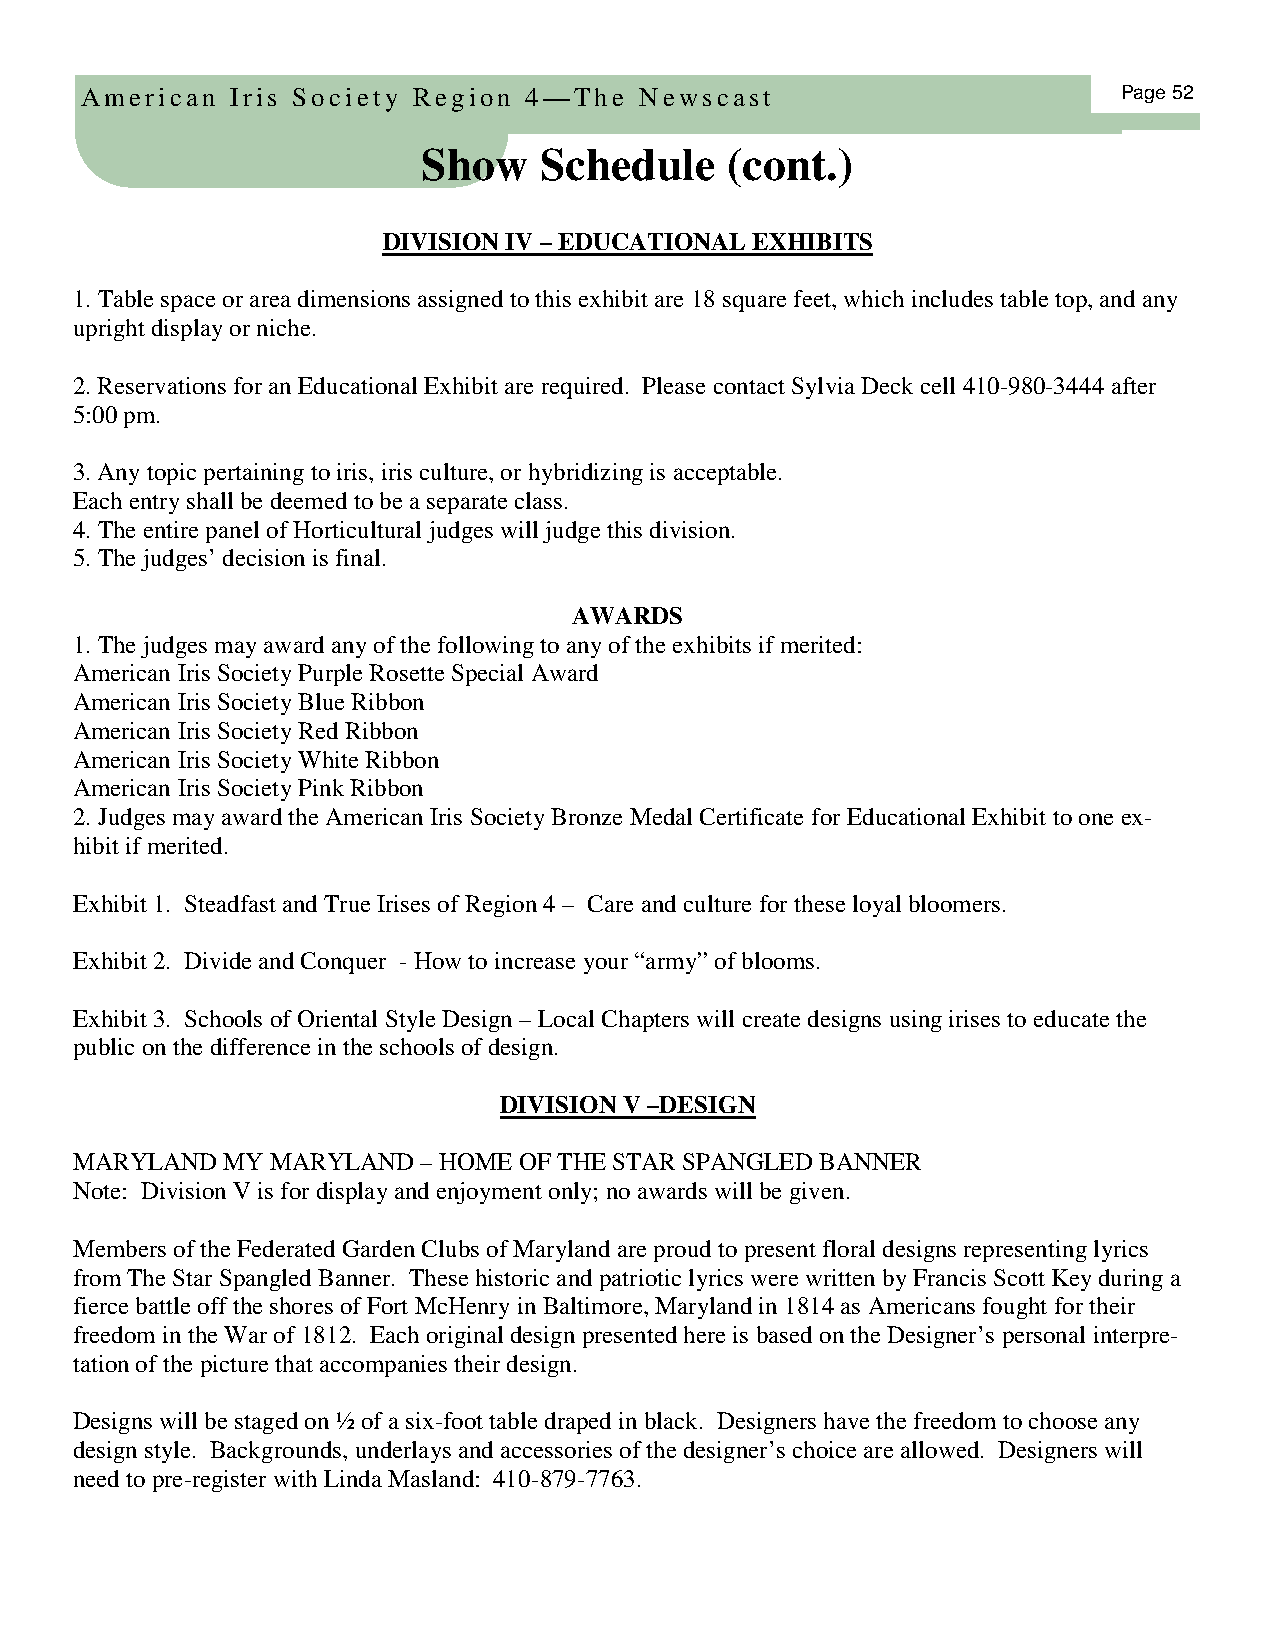
American  Iris Society Region 4—The  Newscast                        Page 52
 Show    Schedule    (co nt.)
 DIVISION IV – EDUCATIONAL EXHIBITS
 1. Table space or area dimensions assigned to this exhibit are 18 square feet, which includes table top, and any
 upright display or niche.
 2. Reservations for an Educational Exhibit are required. Please contact Sylvia Deck cell 410-980-3444 after
 5:00 pm.
 3. Any topic pertaining to iris, iris culture, or hybridizing is acceptable.
 Each entry shall be deemed to be a separate class.
 4. The entire panel of Horticultural judges will judge this division.
 5. The judges’ decision is final.
 AWARDS
 1. The judges may award any of the following to any of the exhibits if merited:
 American Iris Society Purple Rosette Special Award
 American Iris Society Blue Ribbon
 American Iris Society Red Ribbon
 American Iris Society White Ribbon
 American Iris Society Pink Ribbon
 2. Judges may award the American Iris Society Bronze Medal Certificate for Educational Exhibit to one ex-
 hibit if merited.
 Exhibit 1. Steadfast and True Irises of Region 4 – Care and culture for these loyal bloomers.
 Exhibit 2. Divide and Conquer - How to increase your “army” of blooms.
 Exhibit 3. Schools of Oriental Style Design – Local Chapters will create designs using irises to educate the
 public on the difference in the schools of design.
 DIVISION V –DESIGN
 MARYLAND  MY MARYLAND  – HOME OF THE STAR SPANGLED BANNER
 Note: Division V is for display and enjoyment only; no awards will be given.
 Members of the Federated Garden Clubs of Maryland are proud to present floral designs representing lyrics
 from The Star Spangled Banner. These historic and patriotic lyrics were written by Francis Scott Key during a
 fierce battle off the shores of Fort McHenry in Baltimore, Maryland in 1814 as Americans fought for their
 freedom in the War of 1812. Each original design presented here is based on the Designer’s personal interpre-
 tation of the picture that accompanies their design.
 Designs will be staged on ½ of a six-foot table draped in black. Designers have the freedom to choose any
 design style. Backgrounds, underlays and accessories of the designer’s choice are allowed. Designers will
 need to pre-register with Linda Masland: 410-879-7763.